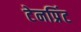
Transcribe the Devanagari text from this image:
टेनप्रिंट